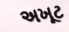
અખૂટ